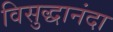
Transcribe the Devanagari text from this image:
विसुद्धानंदा